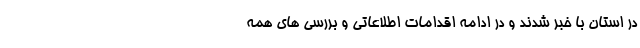
در استان با خبر شدند و در ادامه اقدامات اطلاعاتی و بررسی های همه